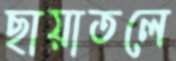
ছায়াতলে